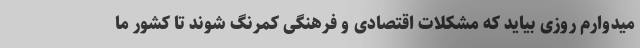
میدوارم روزی بیاید که مشکلات اقتصادی و فرهنگی کمرنگ شوند تا کشور ما